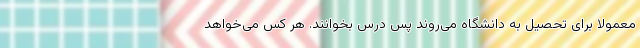
معمولا برای تحصیل به دانشگاه می‌روند پس درس بخوانند. هر کس می‌خواهد